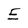
Character: E